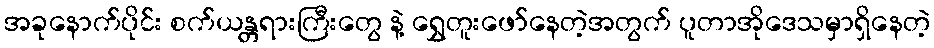
အခုနောက်ပိုင်း စက်ယန္တရားကြီးတွေ နဲ့ ရွှေတူးဖော်နေတဲ့အတွက် ပူတာအိုဒေသမှာရှိနေတဲ့